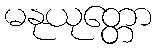
မနုယုတ္တော